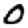
Digit: 0